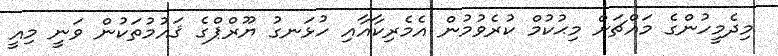
މިދެމީހުންގެ މައްޗަށް މިޙުކުމް ކުރެވުމުން އެމެރިކާއާއި ހުޅަނގު ޔޫރްޕްގެ ޤައުމުތަކުން ވަނީ މިއީ